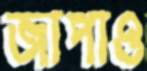
জাপাও